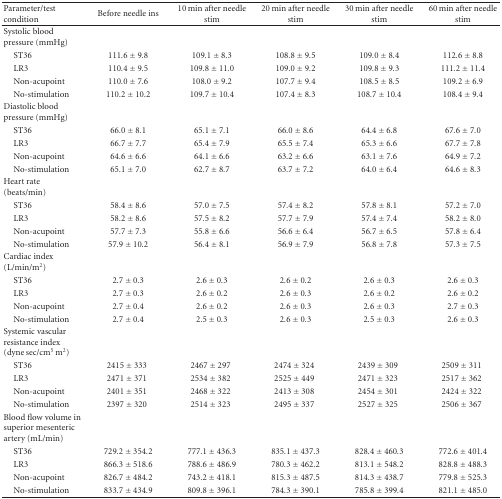
<table><thead><tr><td><b> Parameter/test condition</b></td><td><b>Before needle ins</b></td><td><b>10 min after needle stim</b></td><td><b>20 min after needle stim</b></td><td><b>30 min after needle stim</b></td><td><b>60 min after needle stim</b></td></tr></thead><tbody><tr><td>Systolic blood pressure (mmHg)</td><td></td><td></td><td></td><td></td><td></td></tr><tr><td> ST36</td><td>111.6 ± 9.8</td><td>109.1 ± 8.3</td><td>108.8 ± 9.5</td><td>109.0 ± 8.4</td><td>112.6 ± 8.8</td></tr><tr><td> LR3</td><td>110.4 ± 9.5</td><td>109.8 ± 11.0</td><td>109.0 ± 9.2</td><td>109.8 ± 9.3</td><td>111.2 ± 11.4</td></tr><tr><td> Non-acupoint</td><td>110.0 ± 7.6</td><td>108.0 ± 9.2</td><td>107.7 ± 9.4</td><td>108.5 ± 8.5</td><td>109.2 ± 6.9</td></tr><tr><td> No-stimulation</td><td>110.2 ± 10.2</td><td>109.7 ± 10.4</td><td>107.4 ± 8.3</td><td>108.7 ± 10.4</td><td>108.4 ± 9.4</td></tr><tr><td>Diastolic blood pressure (mmHg)</td><td></td><td></td><td></td><td></td><td></td></tr><tr><td> ST36</td><td>66.0 ± 8.1</td><td>65.1 ± 7.1</td><td>66.0 ± 8.6</td><td>64.4 ± 6.8</td><td>67.6 ± 7.0</td></tr><tr><td> LR3</td><td>66.7 ± 7.7</td><td>65.4 ± 7.9</td><td>65.5 ± 7.4</td><td>65.3 ± 6.6</td><td>67.7 ± 7.8</td></tr><tr><td> Non-acupoint</td><td>64.6 ± 6.6</td><td>64.1 ± 6.6</td><td>63.2 ± 6.6</td><td>63.1 ± 7.6</td><td>64.9 ± 7.2</td></tr><tr><td> No-stimulation</td><td>65.1 ± 7.0</td><td>62.7 ± 8.7</td><td>63.7 ± 7.2</td><td>64.0 ± 6.4</td><td>64.6 ± 8.3</td></tr><tr><td>Heart rate (beats/min)</td><td></td><td></td><td></td><td></td><td></td></tr><tr><td> ST36</td><td>58.4 ± 8.6</td><td>57.0 ± 7.5</td><td>57.4 ± 8.2</td><td>57.8 ± 8.1</td><td>57.2 ± 7.0</td></tr><tr><td> LR3</td><td>58.2 ± 8.6</td><td>57.5 ± 8.2</td><td>57.7 ± 7.9</td><td>57.4 ± 7.4</td><td>58.2 ± 8.0</td></tr><tr><td> Non-acupoint</td><td>57.7 ± 7.3</td><td>55.8 ± 6.6</td><td>56.6 ± 6.4</td><td>56.7 ± 6.5</td><td>57.8 ± 6.4</td></tr><tr><td> No-stimulation</td><td>57.9 ± 10.2</td><td>56.4 ± 8.1</td><td>56.9 ± 7.9</td><td>56.8 ± 7.8</td><td>57.3 ± 7.5</td></tr><tr><td>Cardiac index (L/min/m<sup>2</sup>)</td><td></td><td></td><td></td><td></td><td></td></tr><tr><td> ST36</td><td>2.7 ± 0.3</td><td>2.6 ± 0.3</td><td>2.6 ± 0.2</td><td>2.6 ± 0.3</td><td>2.6 ± 0.3</td></tr><tr><td> LR3</td><td>2.7 ± 0.3</td><td>2.6 ± 0.2</td><td>2.6 ± 0.3</td><td>2.6 ± 0.2</td><td>2.6 ± 0.2</td></tr><tr><td> Non-acupoint</td><td>2.7 ± 0.4</td><td>2.6 ± 0.2</td><td>2.6 ± 0.3</td><td>2.6 ± 0.3</td><td>2.7 ± 0.3</td></tr><tr><td> No-stimulation</td><td>2.7 ± 0.4</td><td>2.5 ± 0.3</td><td>2.6 ± 0.3</td><td>2.5 ± 0.3</td><td>2.6 ± 0.3</td></tr><tr><td>Systemic vascular resistance index (dyne sec/cm<sup>5</sup> m<sup>2</sup>)</td><td></td><td></td><td></td><td></td><td></td></tr><tr><td> ST36</td><td>2415 ± 333</td><td>2467 ± 297</td><td>2474 ± 324</td><td>2439 ± 309</td><td>2509 ± 311</td></tr><tr><td> LR3</td><td>2471 ± 371</td><td>2534 ± 382</td><td>2525 ± 449</td><td>2471 ± 323</td><td>2517 ± 362</td></tr><tr><td> Non-acupoint</td><td>2401 ± 351</td><td>2468 ± 322</td><td>2413 ± 308</td><td>2454 ± 301</td><td>2424 ± 322</td></tr><tr><td> No-stimulation</td><td>2397 ± 320</td><td>2514 ± 323</td><td>2495 ± 337</td><td>2527 ± 325</td><td>2506 ± 367</td></tr><tr><td>Blood flow volume in superior mesenteric artery (mL/min)</td><td></td><td></td><td></td><td></td><td></td></tr><tr><td> ST36</td><td>729.2 ± 354.2</td><td>777.1 ± 436.3</td><td>835.1 ± 437.3</td><td>828.4 ± 460.3</td><td>772.6 ± 401.4</td></tr><tr><td> LR3</td><td>866.3 ± 518.6</td><td>788.6 ± 486.9</td><td>780.3 ± 462.2</td><td>813.1 ± 548.2</td><td>828.8 ± 488.3</td></tr><tr><td> Non-acupoint</td><td>826.7 ± 484.2</td><td>743.2 ± 418.1</td><td>815.3 ± 487.5</td><td>814.3 ± 438.7</td><td>779.8 ± 525.3</td></tr><tr><td> No-stimulation</td><td>833.7 ± 434.9</td><td>809.8 ± 396.1</td><td>784.3 ± 390.1</td><td>785.8 ± 399.4</td><td>821.1 ± 485.0</td></tr></tbody></table>